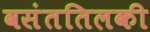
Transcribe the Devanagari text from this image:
वसंततिलकी